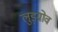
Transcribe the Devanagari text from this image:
लुड्ग्रोव